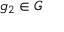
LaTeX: g _ { 2 } \in G